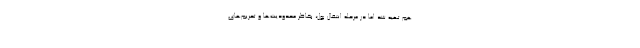
هم تهیه شد اما در مرحله انتقال پول، بخاطر محدودیت‌ها و تحریم‌های